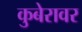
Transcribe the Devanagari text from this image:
कुबेरावर